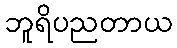
ဘူရိပညတာယ